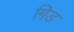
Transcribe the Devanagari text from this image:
गिड